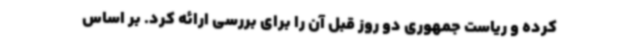
کرده و ریاست جمهوری دو روز قبل آن را برای بررسی ارائه کرد. بر اساس